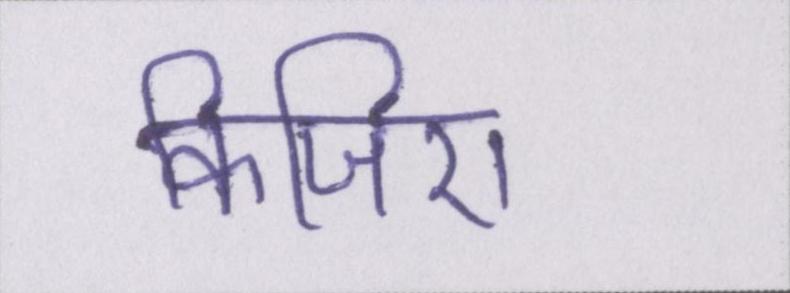
किजिए